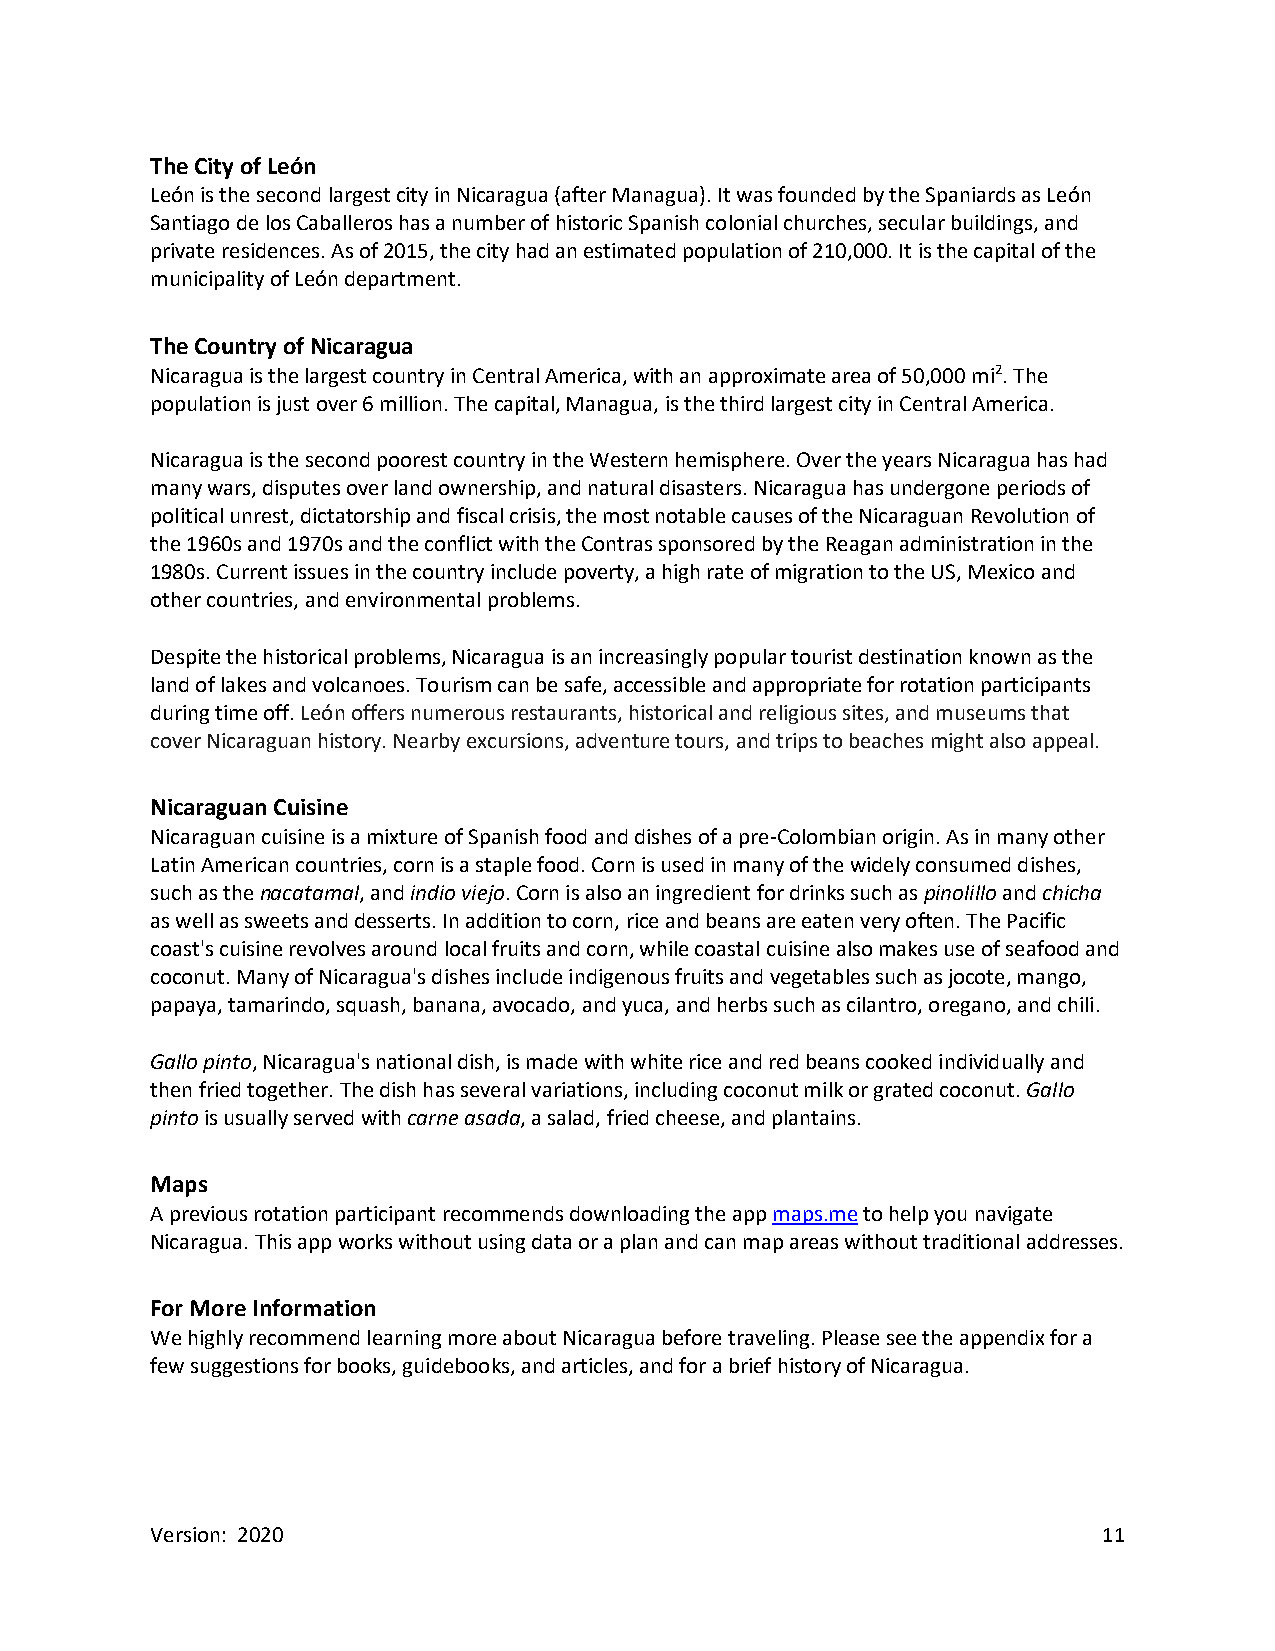
The City of León
 León is the second largest city in Nicaragua (after Managua). It was founded by the Spaniards as León
 Santiago de los Caballeros has a number of historic Spanish colonial churches, secular buildings, and
 private residences. As of 2015, the city had an estimated population of 210,000. It is the capital of the
 municipality of León department.
 The Country of Nicaragua
 Nicaragua is the largest country in Central America, with an approximate area of 50,000 mi2. The
 population is just over 6 million. The capital, Managua, is the third largest city in Central America.
 Nicaragua is the second poorest country in the Western hemisphere. Over the years Nicaragua has had
 many wars, disputes over land ownership, and natural disasters. Nicaragua has undergone periods of
 political unrest, dictatorship and fiscal crisis, the most notable causes of the Nicaraguan Revolution of
 the 1960s and 1970s and the conflict with the Contras sponsored by the Reagan administration in the
 1980s. Current issues in the country include poverty, a high rate of migration to the US, Mexico and
 other countries, and environmental problems.
 Despite the historical problems, Nicaragua is an increasingly popular tourist destination known as the
 land of lakes and volcanoes. Tourism can be safe, accessible and appropriate for rotation participants
 during time off. León offers numerous restaurants, historical and religious sites, and museums that
 cover Nicaraguan history. Nearby excursions, adventure tours, and trips to beaches might also appeal.
 Nicaraguan Cuisine
 Nicaraguan cuisine is a mixture of Spanish food and dishes of a pre-Colombian origin. As in many other
 Latin American countries, corn is a staple food. Corn is used in many of the widely consumed dishes,
 such as the nacatamal, and indio viejo. Corn is also an ingredient for drinks such as pinolillo and chicha
 as well as sweets and desserts. In addition to corn, rice and beans are eaten very often. The Pacific
 coast's cuisine revolves around local fruits and corn, while coastal cuisine also makes use of seafood and
 coconut. Many of Nicaragua's dishes include indigenous fruits and vegetables such as jocote, mango,
 papaya, tamarindo, squash, banana, avocado, and yuca, and herbs such as cilantro, oregano, and chili.
 Gallo pinto, Nicaragua's national dish, is made with white rice and red beans cooked individually and
 then fried together. The dish has several variations, including coconut milk or grated coconut. Gallo
 pinto is usually served with carne asada, a salad, fried cheese, and plantains.
 Maps
 A previous rotation participant recommends downloading the app maps.me to help you navigate
 Nicaragua. This app works without using data or a plan and can map areas without traditional addresses.
 For More Information
 We highly recommend learning more about Nicaragua before traveling. Please see the appendix for a
 few suggestions for books, guidebooks, and articles, and for a brief history of Nicaragua.
 Version: 2020                                                  11